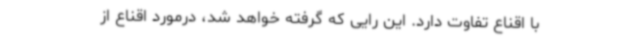
با اقناع تفاوت دارد. این رایی که گرفته خواهد شد، درمورد اقناع از